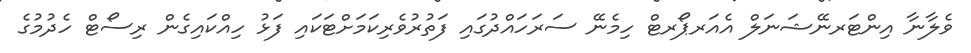
ވެލާނާ އިންޓަރނޭޝަނަލް އެއަރޕޯރޓް ހިމެނޭ ސަރަހައްދުގައި ފަތުުރުވެރިކަމަށްޓަކައި ފަޅު ހިއްކައިގެން ރިސޯޓް ހެދުމުގެ